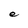
Character: e